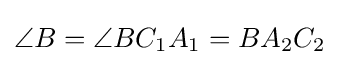
\angle B=\angle BC_{1}A_{1}=BA_{2}C_{2}